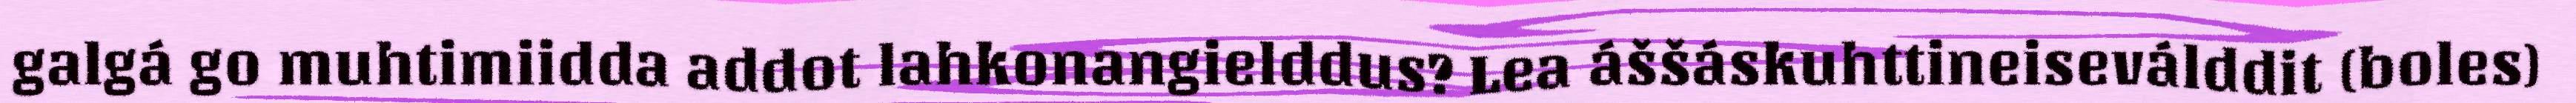
galgá go muhtimiidda addot lahkonangielddus? Lea áššáskuhttineiseválddit (boles)